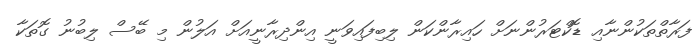
ފަރާތްތަކުންނާއި ޑޮކްޓަރުންނަށް ހައިރާންކަން ލިބިފައިވަނީ އިންދިރާނީއަށް އަލުން މި ބޭސް ލިބުނު ގޮތަކާ